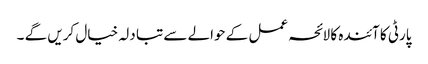
پارٹی کا آئندہ کا لائحہ عمل کے حوالے سے تبا دلہ خیال کریں گے ۔